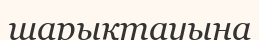
шарықтауына